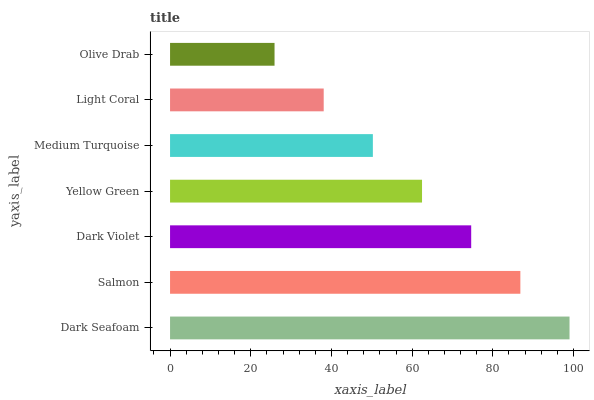
| yaxis_label | bars |
 | --- | --- |
 | Dark Seafoam | 99 |
 | Salmon | 86.8 |
 | Dark Violet | 74.6 |
 | Yellow Green | 62.4 |
 | Medium Turquoise | 50.3 |
 | Light Coral | 38.1 |
 | Olive Drab | 25.9 |